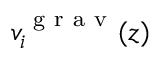
v _ { i } ^ { \mathrm { ~ g ~ r ~ a ~ v ~ } } ( z )